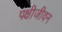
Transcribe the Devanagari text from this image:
पक्षीजीवन